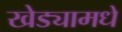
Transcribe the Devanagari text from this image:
खेड्यामधे